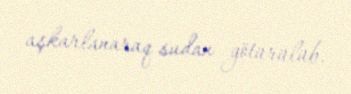
aşkarlanaraq sudan götürülüb.